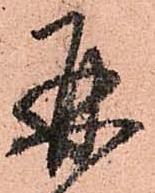
再